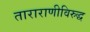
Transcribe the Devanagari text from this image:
ताराराणीविरुद्ध